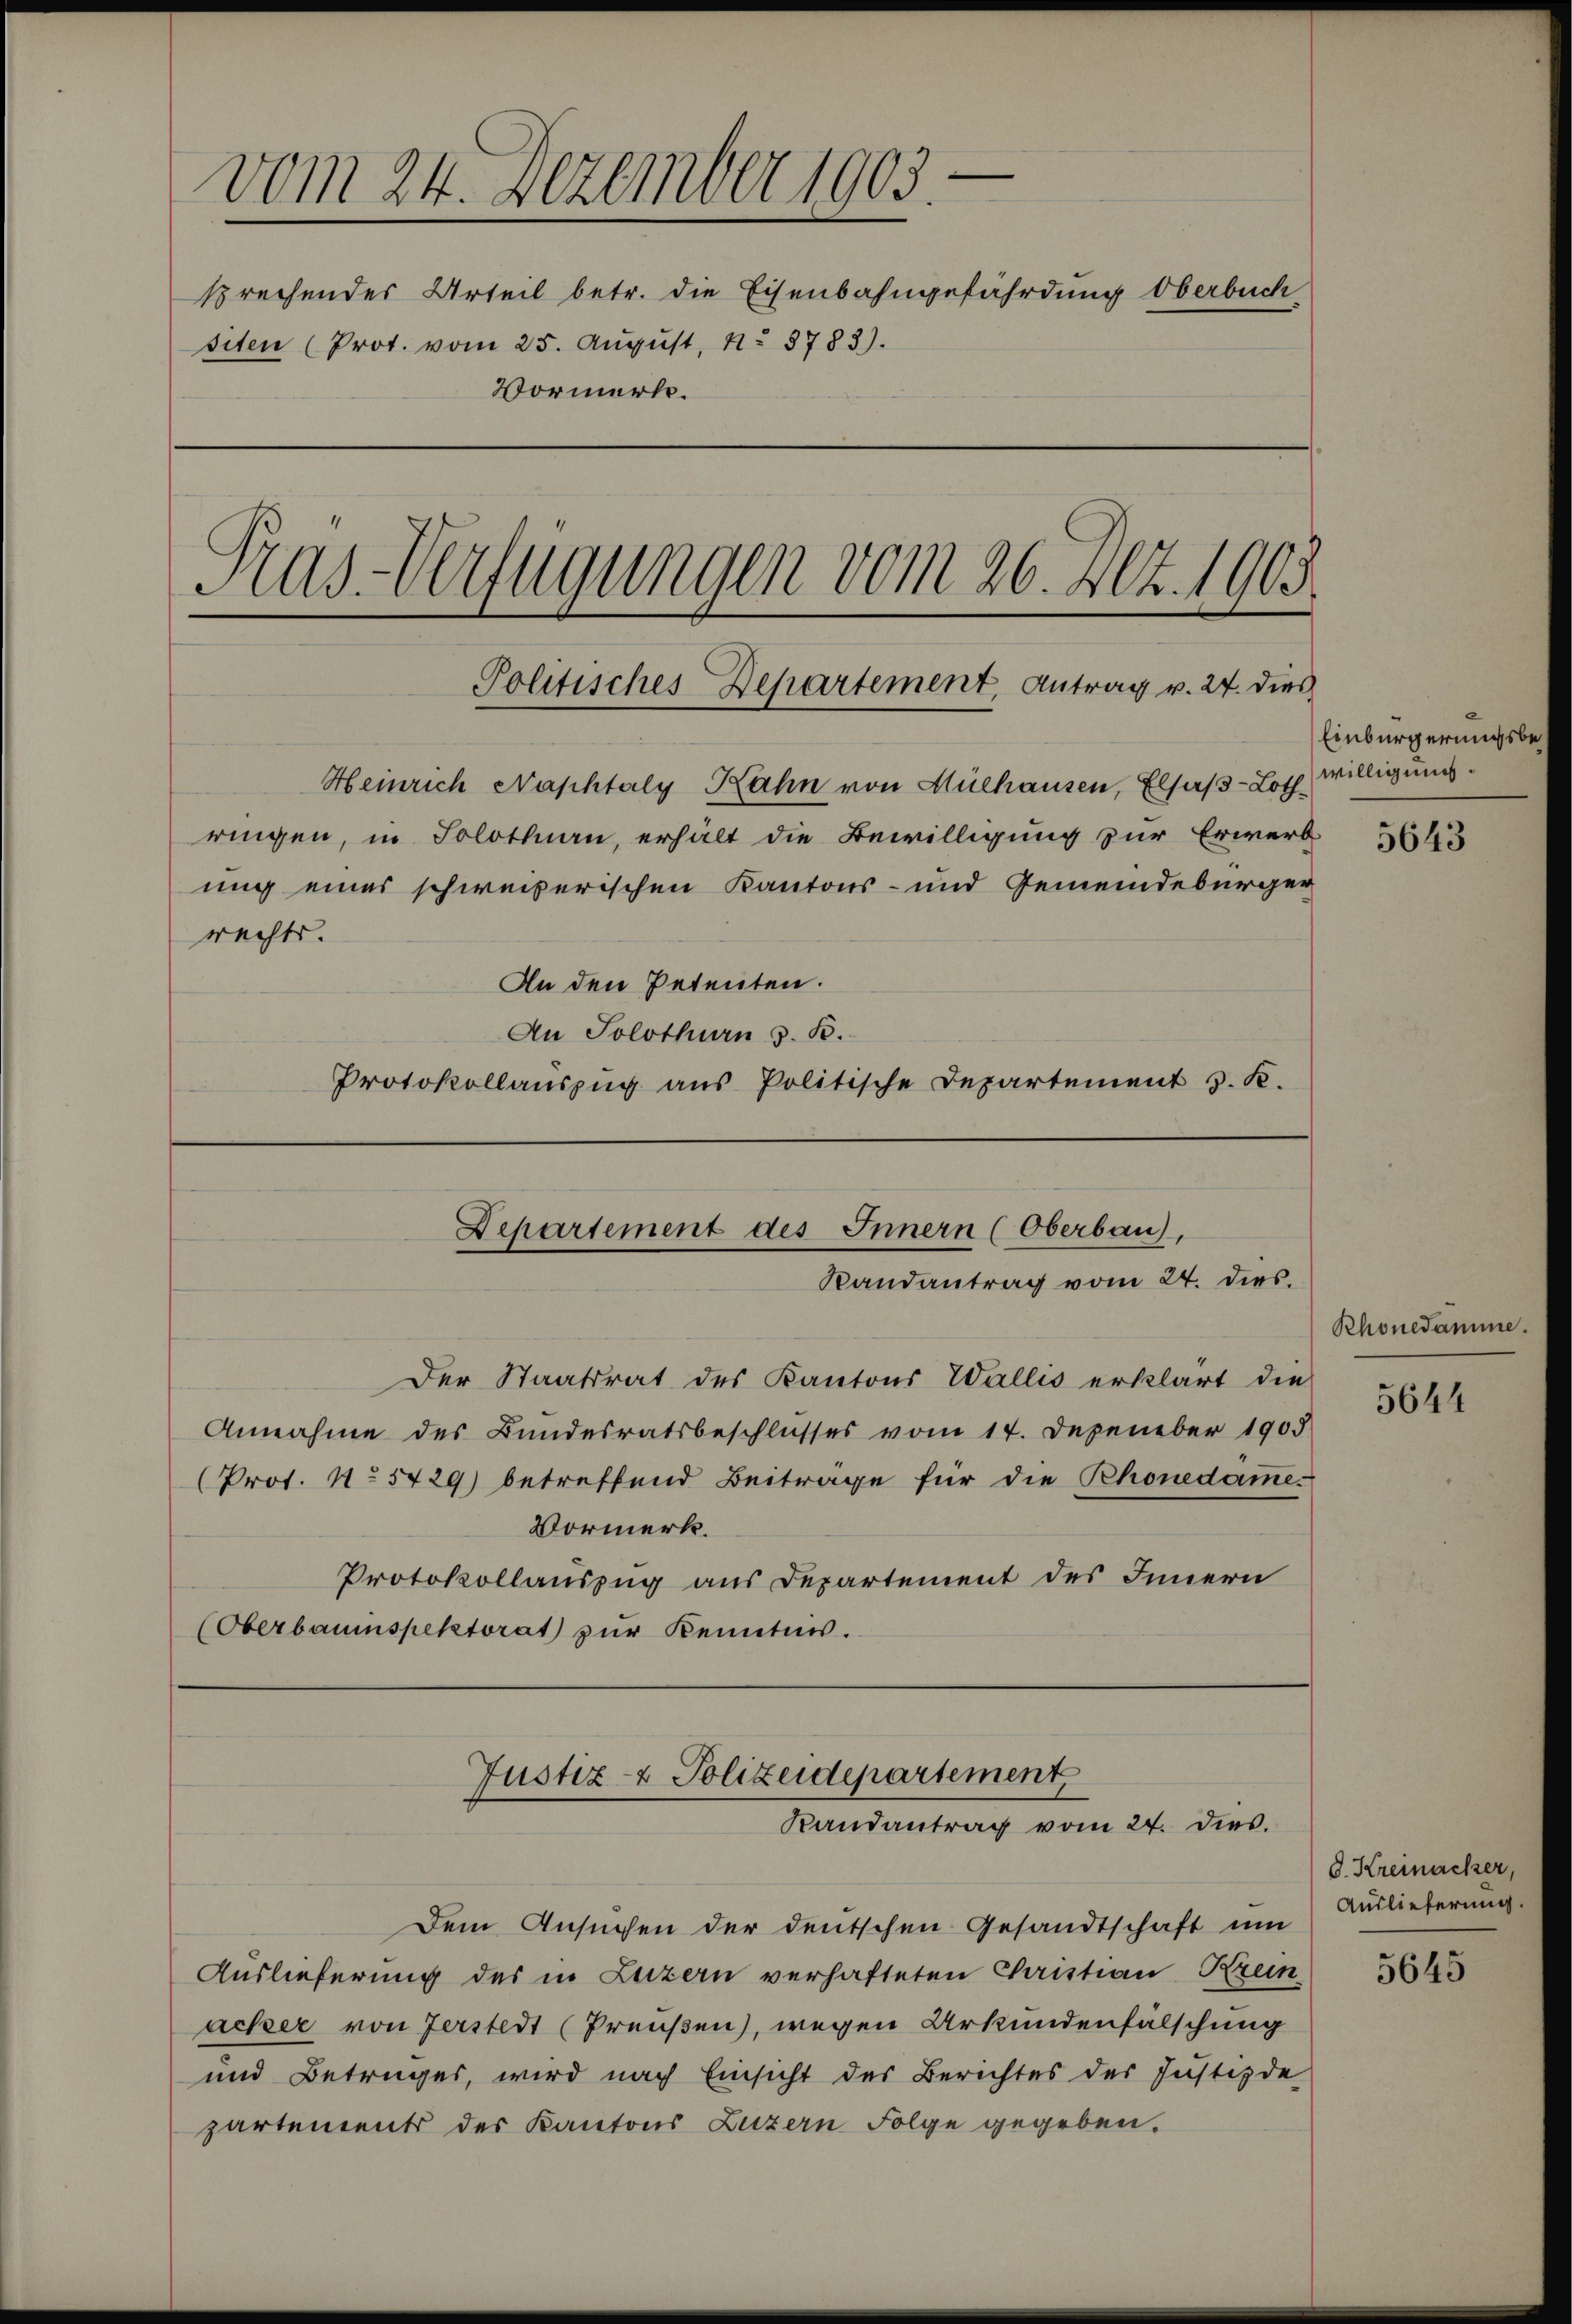
.
vom 24. Dezember 1903
.
siten (Prot. vom 25. Aŭgŭst No 8783).
Vormerk.
Pras-Verfügungen vom 26. Az. 1903
Politisches Departement, Antrag v. 24. dies

Heinrich Naphtaly Rahn von Mülhausen, Elsaß-Loth willigung
ringen, in Solothurn, erhält die Bewilligung zur Erwerb
ung eines schweizerischen Kantons- und Gemeindebürger
rechts.
An den Petenten.
An Solothurn z. B.
Protokollauszug aus Politische Departement v. K.

Der Staatsrat des Kantons Wallis erklärt die
Annahme des Bundesratsbeschlusses vom 14. Dezember 1905
(Prof. No 5429) betreffend Beitrage für die Rhonedämme.
Vormerk.
Protokollauszug aus Departement des Innern
(Oberbauinspektorat zur Kenntnis.

sprechendes Urteil betr. die Eisenbahngefährdung Oberbuch

Departement des Innern (Oberbau),
Randantrag vom 24. dies.

Justiz- & Polizeidepartement
Randantrag vom 24. dies.

Dem Ansuchen der deutschen Gesandtschaft um Auslieferung
Auslieferung des in Luzern verhafteten Christian Krein
acker von Zerstedt (Preußen), wegen Urkundenfälschung
und Betruges, wird nach Einsicht des Berichtes der Justizde
partements des Kantons Luzern Folge gegeben.

Einbürgerungsbe¬

5643

Rhonedamm

5644

8. Kreinacker,

5645